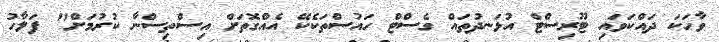
ވާހަކަ ދައްކަވައި ޓޫރިސްޓް އުޅަނދުތައް ގެސްޓް ހައުސްތަކެކޭ އެއްގޮތަށް އިސްތިސްނާ ކުރުމަށް" ފަލާހު